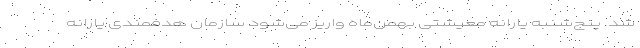
شد. پنج‌شنبه یارانه معیشتی بهمن‌ماه واریز می‌شود سازمان هدفمندی یارانه